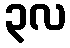
၃လ